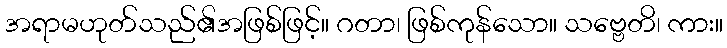
အရာမဟုတ်သည်၏အဖြစ်ဖြင့်။ ဂတာ၊ ဖြစ်ကုန်သော။ သဗ္ဗေတိ၊ ကား။